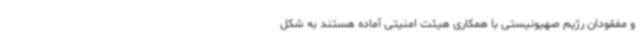
و مفقودان رژیم صهیونیستی با همکاری هیئت امنیتی آماده هستند به شکل